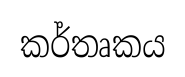
කර්තෘකය